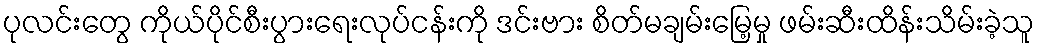
ပုလင်းတွေ ကိုယ်ပိုင်စီးပွားရေးလုပ်ငန်းကို ဒင်းဗား စိတ်မချမ်းမြေ့မှု ဖမ်းဆီးထိန်းသိမ်းခဲ့သူ